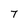
Character: 7